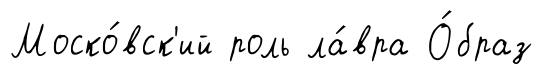
Моско́вск'ий роль ла́вра О́браз